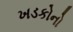
ખડકોનો